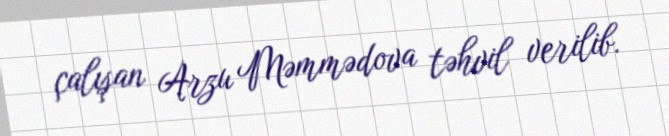
çalışan Arzu Məmmədova təhvil verilib.